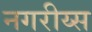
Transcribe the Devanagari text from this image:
नगरीय्स